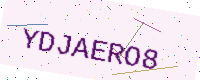
Text: YDJAERO8